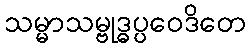
သမ္မာသမ္ဗုဒ္ဓပ္ပဝေဒိတေ